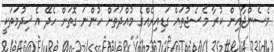
މެސެންޖާއިން ކުރާ މެސެޖުތައް ގަޑިއިރެއްގެ މުއްދަތަށް ހުންނަ ގޮތަށް ހެދޭ އެ ޚިދުމަތަކީ